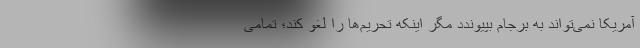
آمریکا نمی‌تواند به برجام بپیوندد مگر اینکه تحریم‌ها را لغو کند؛ تمامی